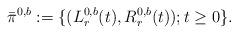
LaTeX: \begin{align*}\bar{\pi}^{0,b} := \{(L_r^{0,b}(t), R_r^{0,b}(t)); t \geq 0 \}.\end{align*}